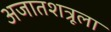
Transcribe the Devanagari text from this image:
अजातशत्रूला